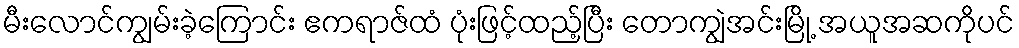
မီးလောင်ကျွမ်းခဲ့ကြောင်း ဧကရာဇ်ထံ ပုံးဖြင့်ထည့်ပြီး တောကျွဲအင်းမြို့ အယူအဆကိုပင်